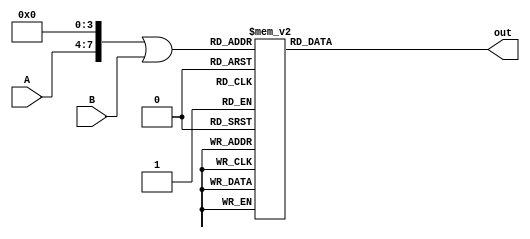
`timescale 1ns / 1ps
//////////////////////////////////////////////////////////////////////////////////
// Company: 
// Engineer: 
// 
// Design Name: 
// Module Name: GF_NewMultiply
// Project Name: 
// Target Devices: 
// Tool Versions: 
// Description: 
// 
// Dependencies: 
// 
// Revision:
// Revision 0.01 - File Created
// Additional Comments:
// 
//////////////////////////////////////////////////////////////////////////////////


module GF_Divide(
    input [0:3] A,
    input [0:3] B,
    output reg [0:3] out
    );
    
    wire [0:7] combined;
    assign combined = (A << 4) | B;
    always @(*) begin    
        case(combined)

			8'b00010001: out = 4'b0001;
			8'b00010010: out = 4'b1001;
			8'b00010011: out = 4'b1110;
			8'b00010100: out = 4'b1101;
			8'b00010101: out = 4'b1011;
			8'b00010110: out = 4'b0111;
			8'b00010111: out = 4'b0110;
			8'b00011000: out = 4'b1111;
			8'b00011001: out = 4'b0010;
			8'b00011010: out = 4'b1100;
			8'b00011011: out = 4'b0101;
			8'b00011100: out = 4'b1010;
			8'b00011101: out = 4'b0100;
			8'b00011110: out = 4'b0011;
			8'b00011111: out = 4'b1000;
			8'b00100001: out = 4'b0010;
			8'b00100010: out = 4'b0001;
			8'b00100011: out = 4'b1111;
			8'b00100100: out = 4'b1001;
			8'b00100101: out = 4'b0101;
			8'b00100110: out = 4'b1110;
			8'b00100111: out = 4'b1100;
			8'b00101000: out = 4'b1101;
			8'b00101001: out = 4'b0100;
			8'b00101010: out = 4'b1011;
			8'b00101011: out = 4'b1010;
			8'b00101100: out = 4'b0111;
			8'b00101101: out = 4'b1000;
			8'b00101110: out = 4'b0110;
			8'b00101111: out = 4'b0011;
			8'b00110001: out = 4'b0011;
			8'b00110010: out = 4'b1000;
			8'b00110011: out = 4'b0001;
			8'b00110100: out = 4'b0100;
			8'b00110101: out = 4'b1110;
			8'b00110110: out = 4'b1001;
			8'b00110111: out = 4'b1010;
			8'b00111000: out = 4'b0010;
			8'b00111001: out = 4'b0110;
			8'b00111010: out = 4'b0111;
			8'b00111011: out = 4'b1111;
			8'b00111100: out = 4'b1101;
			8'b00111101: out = 4'b1100;
			8'b00111110: out = 4'b0101;
			8'b00111111: out = 4'b1011;
			8'b01000001: out = 4'b0100;
			8'b01000010: out = 4'b0010;
			8'b01000011: out = 4'b1101;
			8'b01000100: out = 4'b0001;
			8'b01000101: out = 4'b1010;
			8'b01000110: out = 4'b1111;
			8'b01000111: out = 4'b1011;
			8'b01001000: out = 4'b1001;
			8'b01001001: out = 4'b1000;
			8'b01001010: out = 4'b0101;
			8'b01001011: out = 4'b0111;
			8'b01001100: out = 4'b1110;
			8'b01001101: out = 4'b0011;
			8'b01001110: out = 4'b1100;
			8'b01001111: out = 4'b0110;
			8'b01010001: out = 4'b0101;
			8'b01010010: out = 4'b1011;
			8'b01010011: out = 4'b0011;
			8'b01010100: out = 4'b1100;
			8'b01010101: out = 4'b0001;
			8'b01010110: out = 4'b1000;
			8'b01010111: out = 4'b1101;
			8'b01011000: out = 4'b0110;
			8'b01011001: out = 4'b1010;
			8'b01011010: out = 4'b1001;
			8'b01011011: out = 4'b0010;
			8'b01011100: out = 4'b0100;
			8'b01011101: out = 4'b0111;
			8'b01011110: out = 4'b1111;
			8'b01011111: out = 4'b1110;
			8'b01100001: out = 4'b0110;
			8'b01100010: out = 4'b0011;
			8'b01100011: out = 4'b0010;
			8'b01100100: out = 4'b1000;
			8'b01100101: out = 4'b1111;
			8'b01100110: out = 4'b0001;
			8'b01100111: out = 4'b0111;
			8'b01101000: out = 4'b0100;
			8'b01101001: out = 4'b1100;
			8'b01101010: out = 4'b1110;
			8'b01101011: out = 4'b1101;
			8'b01101100: out = 4'b1001;
			8'b01101101: out = 4'b1011;
			8'b01101110: out = 4'b1010;
			8'b01101111: out = 4'b0101;
			8'b01110001: out = 4'b0111;
			8'b01110010: out = 4'b1010;
			8'b01110011: out = 4'b1100;
			8'b01110100: out = 4'b0101;
			8'b01110101: out = 4'b0100;
			8'b01110110: out = 4'b0110;
			8'b01110111: out = 4'b0001;
			8'b01111000: out = 4'b1011;
			8'b01111001: out = 4'b1110;
			8'b01111010: out = 4'b0010;
			8'b01111011: out = 4'b1000;
			8'b01111100: out = 4'b0011;
			8'b01111101: out = 4'b1111;
			8'b01111110: out = 4'b1001;
			8'b01111111: out = 4'b1101;
			8'b10000001: out = 4'b1000;
			8'b10000010: out = 4'b0100;
			8'b10000011: out = 4'b1001;
			8'b10000100: out = 4'b0010;
			8'b10000101: out = 4'b0111;
			8'b10000110: out = 4'b1101;
			8'b10000111: out = 4'b0101;
			8'b10001000: out = 4'b0001;
			8'b10001001: out = 4'b0011;
			8'b10001010: out = 4'b1010;
			8'b10001011: out = 4'b1110;
			8'b10001100: out = 4'b1111;
			8'b10001101: out = 4'b0110;
			8'b10001110: out = 4'b1011;
			8'b10001111: out = 4'b1100;
			8'b10010001: out = 4'b1001;
			8'b10010010: out = 4'b1101;
			8'b10010011: out = 4'b0111;
			8'b10010100: out = 4'b1111;
			8'b10010101: out = 4'b1100;
			8'b10010110: out = 4'b1010;
			8'b10010111: out = 4'b0011;
			8'b10011000: out = 4'b1110;
			8'b10011001: out = 4'b0001;
			8'b10011010: out = 4'b0110;
			8'b10011011: out = 4'b1011;
			8'b10011100: out = 4'b0101;
			8'b10011101: out = 4'b0010;
			8'b10011110: out = 4'b1000;
			8'b10011111: out = 4'b0100;
			8'b10100001: out = 4'b1010;
			8'b10100010: out = 4'b0101;
			8'b10100011: out = 4'b0110;
			8'b10100100: out = 4'b1011;
			8'b10100101: out = 4'b0010;
			8'b10100110: out = 4'b0011;
			8'b10100111: out = 4'b1001;
			8'b10101000: out = 4'b1100;
			8'b10101001: out = 4'b0111;
			8'b10101010: out = 4'b0001;
			8'b10101011: out = 4'b0100;
			8'b10101100: out = 4'b1000;
			8'b10101101: out = 4'b1110;
			8'b10101110: out = 4'b1101;
			8'b10101111: out = 4'b1111;
			8'b10110001: out = 4'b1011;
			8'b10110010: out = 4'b1100;
			8'b10110011: out = 4'b1000;
			8'b10110100: out = 4'b0110;
			8'b10110101: out = 4'b1001;
			8'b10110110: out = 4'b0100;
			8'b10110111: out = 4'b1111;
			8'b10111000: out = 4'b0011;
			8'b10111001: out = 4'b0101;
			8'b10111010: out = 4'b1101;
			8'b10111011: out = 4'b0001;
			8'b10111100: out = 4'b0010;
			8'b10111101: out = 4'b1010;
			8'b10111110: out = 4'b1110;
			8'b10111111: out = 4'b0111;
			8'b11000001: out = 4'b1100;
			8'b11000010: out = 4'b0110;
			8'b11000011: out = 4'b0100;
			8'b11000100: out = 4'b0011;
			8'b11000101: out = 4'b1101;
			8'b11000110: out = 4'b0010;
			8'b11000111: out = 4'b1110;
			8'b11001000: out = 4'b1000;
			8'b11001001: out = 4'b1011;
			8'b11001010: out = 4'b1111;
			8'b11001011: out = 4'b1001;
			8'b11001100: out = 4'b0001;
			8'b11001101: out = 4'b0101;
			8'b11001110: out = 4'b0111;
			8'b11001111: out = 4'b1010;
			8'b11010001: out = 4'b1101;
			8'b11010010: out = 4'b1111;
			8'b11010011: out = 4'b1010;
			8'b11010100: out = 4'b1110;
			8'b11010101: out = 4'b0110;
			8'b11010110: out = 4'b0101;
			8'b11010111: out = 4'b1000;
			8'b11011000: out = 4'b0111;
			8'b11011001: out = 4'b1001;
			8'b11011010: out = 4'b0011;
			8'b11011011: out = 4'b1100;
			8'b11011100: out = 4'b1011;
			8'b11011101: out = 4'b0001;
			8'b11011110: out = 4'b0100;
			8'b11011111: out = 4'b0010;
			8'b11100001: out = 4'b1110;
			8'b11100010: out = 4'b0111;
			8'b11100011: out = 4'b1011;
			8'b11100100: out = 4'b1010;
			8'b11100101: out = 4'b1000;
			8'b11100110: out = 4'b1100;
			8'b11100111: out = 4'b0010;
			8'b11101000: out = 4'b0101;
			8'b11101001: out = 4'b1111;
			8'b11101010: out = 4'b0100;
			8'b11101011: out = 4'b0011;
			8'b11101100: out = 4'b0110;
			8'b11101101: out = 4'b1101;
			8'b11101110: out = 4'b0001;
			8'b11101111: out = 4'b1001;
			8'b11110001: out = 4'b1111;
			8'b11110010: out = 4'b1110;
			8'b11110011: out = 4'b0101;
			8'b11110100: out = 4'b0111;
			8'b11110101: out = 4'b0011;
			8'b11110110: out = 4'b1011;
			8'b11110111: out = 4'b0100;
			8'b11111000: out = 4'b1010;
			8'b11111001: out = 4'b1101;
			8'b11111010: out = 4'b1000;
			8'b11111011: out = 4'b0110;
			8'b11111100: out = 4'b1100;
			8'b11111101: out = 4'b1001;
			8'b11111110: out = 4'b0010;
			8'b11111111: out = 4'b0001;
			
			default: out = 4'b0000;

        endcase   
	end
    
endmodule